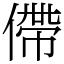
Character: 僀